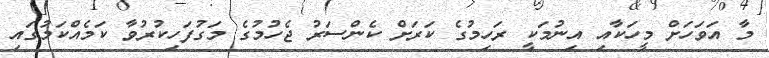
މާ އަވަހަށް މީހަކާއި އިނުމަކީ ރަހިމުގެ ކަރަށް ކެންސަރު ޖެހުމުގެ މަގުފަހިކުރުވާ ކަމެއްކަމުގައި